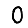
Digit: 0